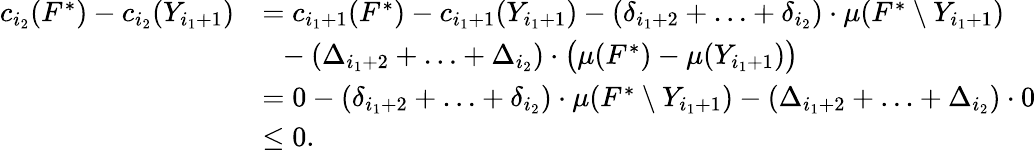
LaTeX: \begin{array}{rl}{c_{i_{2}}(F^{*})-c_{i_{2}}(Y_{i_{1}+1})}&{=c_{i_{1}+1}(F^{*})-c_{i_{1}+1}(Y_{i_{1}+1})-(\delta_{i_{1}+2}+\ldots+\delta_{i_{2}})\cdot\mu(F^{*}\setminus Y_{i_{1}+1})}\\ {}&{~~-(\Delta_{i_{1}+2}+\ldots+\Delta_{i_{2}})\cdot\big(\mu(F^{*})-\mu(Y_{i_{1}+1})\big)}\\ {}&{=0-(\delta_{i_{1}+2}+\ldots+\delta_{i_{2}})\cdot\mu(F^{*}\setminus Y_{i_{1}+1})-(\Delta_{i_{1}+2}+\ldots+\Delta_{i_{2}})\cdot 0}\\ {}&{\le 0.}\end{array}